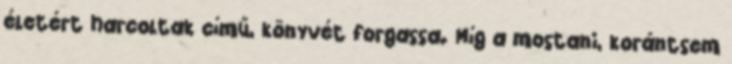
​életért harcoltak című, könyvét forgassa. Míg a mostani, korántsem